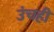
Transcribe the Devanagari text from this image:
उंचही